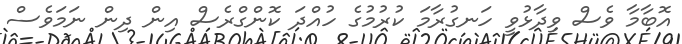
އޮބާމާ ވެސް ވިދާޅުވީ ހަނގުރާމަ ކުރުމުގެ ހުއްދަ ކޮންގްރެސް އިން ދިން ނަމަވެސް